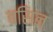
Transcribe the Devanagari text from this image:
बसिन